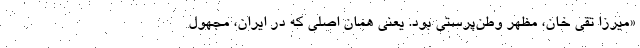
«میرزا تقی خان، مظهر وطن‌پرستی بود. یعنی همان اصلی که در ایران، مجهول